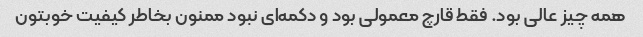
همه چیز عالی بود. فقط قارچ معمولی بود و دکمه‌ای نبود ممنون بخاطر کیفیت خوبتون